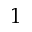
1